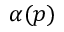
\alpha ( p )